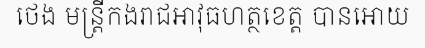
ថេង មន្ត្រីកងរាជអាវុធហត្ថខេត្ត បានអោយ